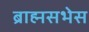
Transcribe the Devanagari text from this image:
ब्राह्मसभेस